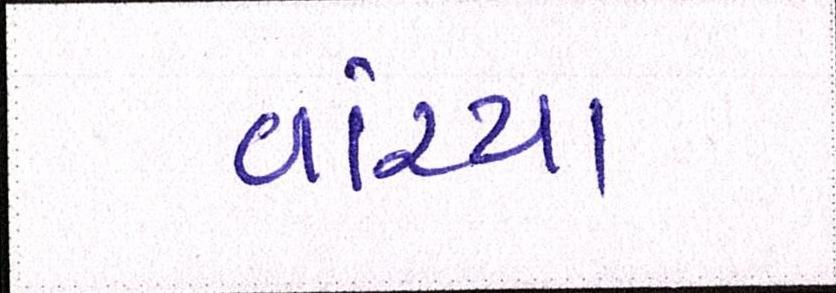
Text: વાંચ્યા